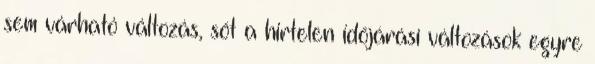
sem várható változás, sőt a hirtelen időjárási változások egyre